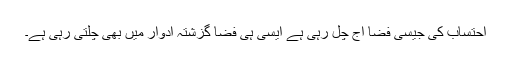
احتساب کی جیسی فضا آج چل رہی ہے ایسی ہی فضا گزشتہ ادوار میں بھی چلتی رہی ہے۔